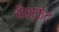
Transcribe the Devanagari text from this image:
कैश्केट